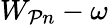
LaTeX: W_{\mathcal{P}n}-\omega